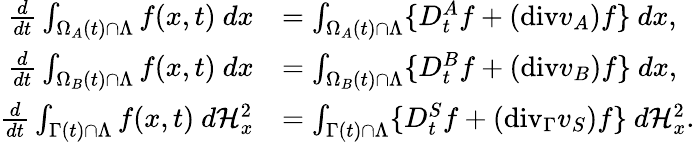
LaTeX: \begin{array}{rl}{\frac{d}{dt}\int_{\Omega_{A}(t)\cap\Lambda}f(x,t){\ }dx}&{=\int_{\Omega_{A}(t)\cap\Lambda}\{ D_{t}^{A}f+(\mathrm{{div}}v_{A})f\} {\ }dx,}\\ {\frac{d}{dt}\int_{\Omega_{B}(t)\cap\Lambda}f(x,t){\ }dx}&{=\int_{\Omega_{B}(t)\cap\Lambda}\{ D_{t}^{B}f+({\mathrm{div}}v_{B})f\} {\ }dx,}\\ {\frac{d}{dt}\int_{\Gamma(t)\cap\Lambda}f(x,t){\ }d\mathcal{H}_{x}^{2}}&{=\int_{\Gamma(t)\cap\Lambda}\{ D_{t}^{S}f+(\mathrm{{div}}_{\Gamma}v_{S})f\} {\ }d\mathcal{H}_{x}^{2}.}\end{array}